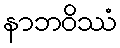
နာဘဝိဿံ